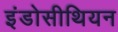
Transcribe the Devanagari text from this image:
इंडोसीथियन